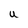
Character: U